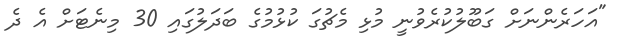
"އަހަރެންނަށް ގަބޫލުކުރެވުނީ މުޅި މެޗުގަ ކުޅުމުގެ ބަދަލުގައި 30 މިނެޓަށް އެ ދެ